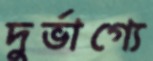
দুর্ভাগ্যে